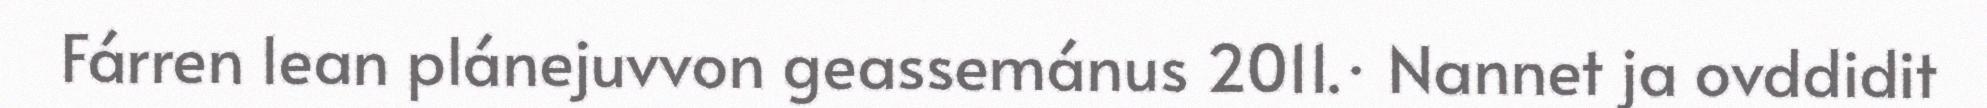
Fárren lean plánejuvvon geassemánus 2011.· Nannet ja ovddidit